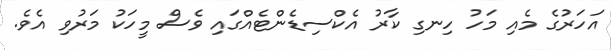
އަހަރުގެ މެއި މަހު ހިނގި ކާރު އެކްސިޑެންޓެއްގައި ވެސް މީހަކު މަރުވި އެވެ.